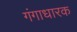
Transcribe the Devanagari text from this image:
गंगाधारक